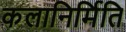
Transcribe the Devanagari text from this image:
कलानिर्मिति